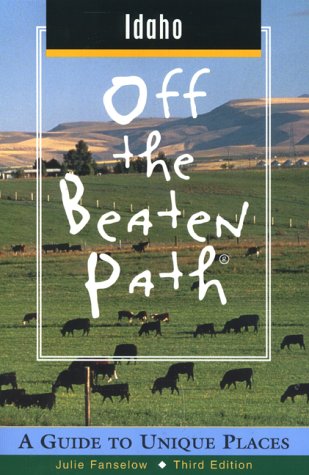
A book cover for Idaho Off the Beaten PathÂ®: A Guide to Unique Places (Off the Beaten Path Series); Julie Fanselow; Travel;